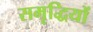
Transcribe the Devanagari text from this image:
समृद्धियों